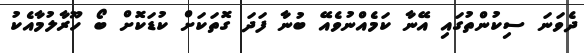
ދެވަނަ ސިކުންތުގައި އޭނާ ކަމެއްނުވެއޭ ބުނާ ފަދަ ގޮތަކަށް ކުޑަކޮށް ބޯ ހޫރާލުމާއެކު